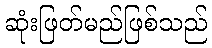
ဆုံးဖြတ်မည်ဖြစ်သည်